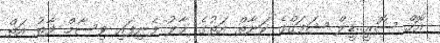
އޮހް ސޮރީ..ޑީލް ޝަފަޤްގެ ކަނާތް އަތުގެ ޙާލު ފެނިފައި ވިސާމް ވާތު އަތް